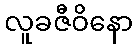
လူခဇီဝိနော